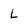
Character: L